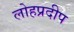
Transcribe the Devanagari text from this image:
लोहप्रदीप